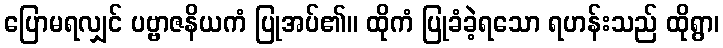
ပြောမရလျှင် ပဗ္ဗာဇနိယကံ ပြုအပ်၏။ ထိုကံ ပြုခံခဲ့ရသော ရဟန်းသည် ထိုရွာ၊